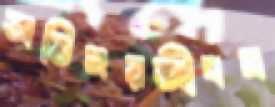
অভিনয়জীবন